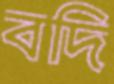
বদি